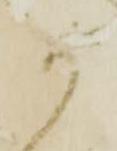
か